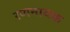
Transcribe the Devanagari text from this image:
रणनायक